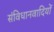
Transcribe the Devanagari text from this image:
संविधानवादियों